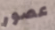
عصور